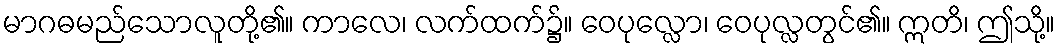
မာဂဓမည်သောလူတို့၏။ ကာလေ၊ လက်ထက်၌။ ဝေပုလ္လော၊ ဝေပုလ္လတွင်၏။ ဣတိ၊ ဤသို့။